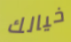
خيالك